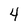
Character: 4